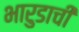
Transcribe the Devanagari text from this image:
भारुडाची